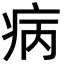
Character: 病